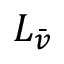
L _ { \bar { v } }